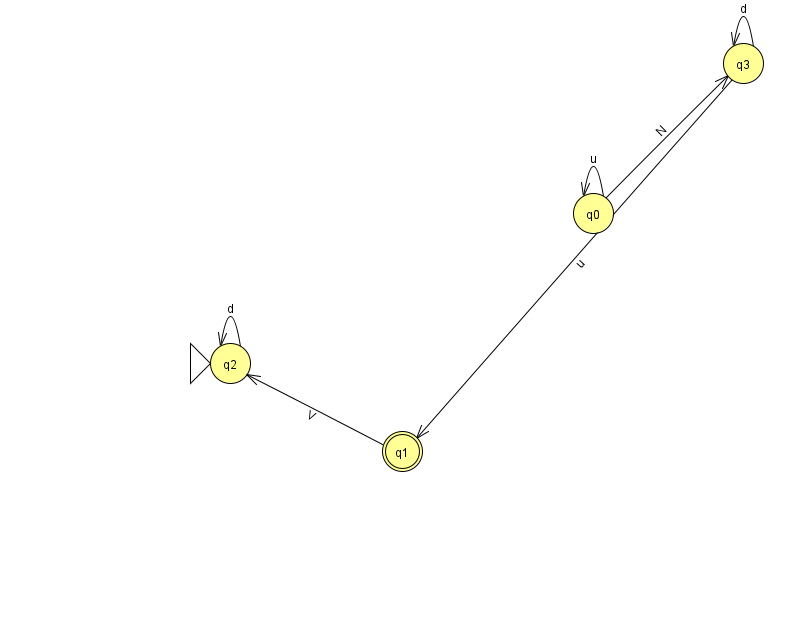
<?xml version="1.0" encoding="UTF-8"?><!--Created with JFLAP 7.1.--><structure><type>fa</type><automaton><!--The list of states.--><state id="0" name="q0"><x>593.0</x><y>200.0</y></state><state id="1" name="q1"><x>402.0</x><y>438.0</y><final/></state><state id="2" name="q2"><x>230.0</x><y>350.0</y><initial/></state><state id="3" name="q3"><x>743.0</x><y>50.0</y></state><!--The list of transitions.--><transition><from>2</from><to>2</to><read>d</read></transition><transition><from>3</from><to>3</to><read>d</read></transition><transition><from>0</from><to>0</to><read>u</read></transition><transition><from>3</from><to>1</to><read>u</read></transition><transition><from>1</from><to>2</to><read>V</read></transition><transition><from>0</from><to>3</to><read>N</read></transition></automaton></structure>